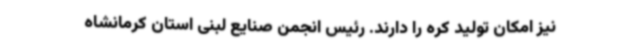
نیز امکان تولید کره را دارند. رئیس انجمن صنایع لبنی استان کرمانشاه